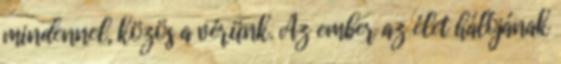
mindennel, közös a vérünk. Az ember az élet hálójának